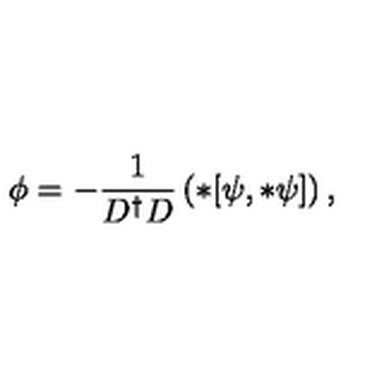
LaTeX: \phi = - \frac { 1 } { D ^ { \dagger } D } \left( * [ \psi , * \psi ] \right) ,